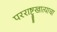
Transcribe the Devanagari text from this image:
परराष्ट्रखात्याचा